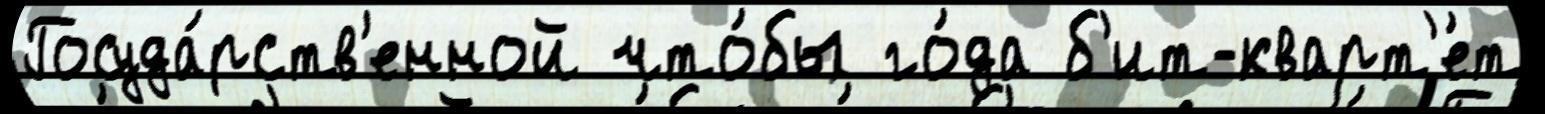
Госуда́рств'енной что́бы го́да б'ит-кварт'е́т